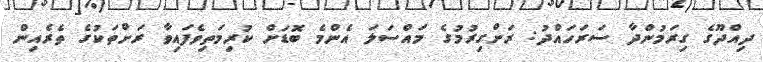
ދިއްދޫގެ ގިރަމުންދާ ސަރަހައްދު: ރަށްގިރުމުގެ މައްސަލަ އެންމެ ބޮޑަށް ކުރިމަތިވެފައިވާ ރަށްތަކުގެ ތެރެއިން